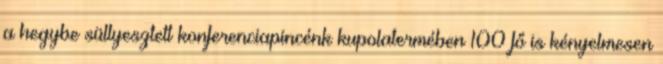
a hegybe süllyesztett konferenciapincénk kupolatermében 100 fő is kényelmesen